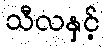
သီလနှင့်